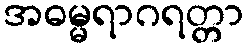
အဓမ္မရာဂရတ္တာ